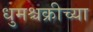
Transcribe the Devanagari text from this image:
धुमश्चक्रीच्या